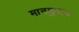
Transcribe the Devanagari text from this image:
मानकुराद